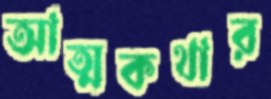
আত্মকথার